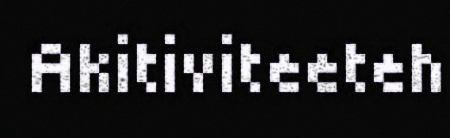
Akitiviteeteh